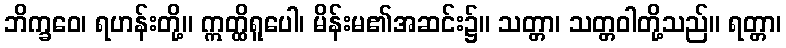
ဘိက္ခဝေ၊ ရဟန်းတို့။ ဣတ္ထိရူပေါ၊ မိန်းမ၏အဆင်း၌။ သတ္တာ၊ သတ္တဝါတို့သည်။ ရတ္တာ၊